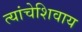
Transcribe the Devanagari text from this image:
त्यांचेशिवाय